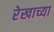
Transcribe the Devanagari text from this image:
रेखाच्या